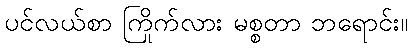
ပင်လယ်စာ ကြိုက်လား မစ္စတာ ဘရောင်း။